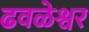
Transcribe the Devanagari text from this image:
ढवळेश्वर